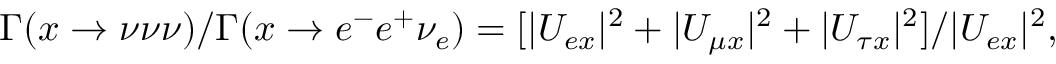
\Gamma ( x \to \nu \nu \nu ) / \Gamma ( x \to e ^ { - } e ^ { + } \nu _ { e } ) = [ | U _ { e x } | ^ { 2 } + | U _ { \mu x } | ^ { 2 } + | U _ { \tau x } | ^ { 2 } ] / | U _ { e x } | ^ { 2 } ,